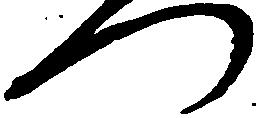
つ